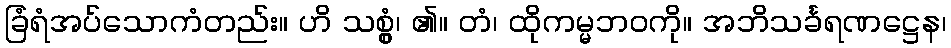
ခြံရံအပ်သောကံတည်း။ ဟိ သစ္စွံ၊ ၏။ တံ၊ ထိုကမ္မဘဝကို။ အဘိသင်္ခရဏဋ္ဌေန၊